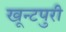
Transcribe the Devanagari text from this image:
खून्टपुरी